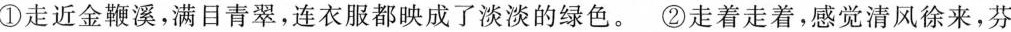
①走近金鞭溪，满目青翠，连衣服都映成了淡淡的绿色。②走着走着，感觉清风徐来，芬